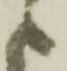
々